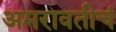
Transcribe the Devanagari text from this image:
अमरावतीचं